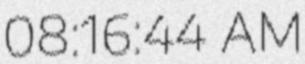
08:16:44 AM